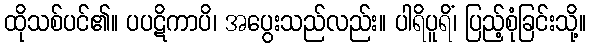
ထိုသစ်ပင်၏။ ပပဋိကာပိ၊ အပွေးသည်လည်း။ ပါရိပူရိံ၊ ပြည့်စုံခြင်းသို့။